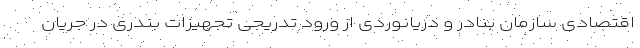
اقتصادی سازمان بنادر و دریانوردی از ورود تدریجی تجهیزات بندری در جریان